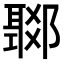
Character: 𨞟